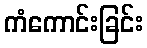
ကံကောင်းခြင်း